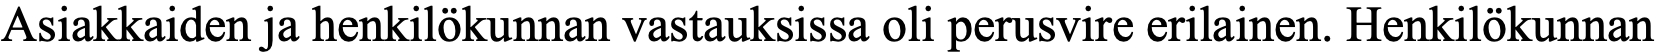
Asiakkaiden ja henkilökunnan vastauksissa oli perusvire erilainen. Henkilökunnan